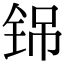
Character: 铞